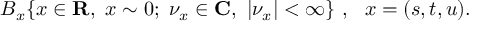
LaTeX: B _ { x } \{ x \in { \bf R } , \ x \sim 0 ; \ { \nu } _ { x } \in { \bf C } , \ | { \nu } _ { x } | < \infty \} \ , \, \, \ x = ( s , t , u ) .